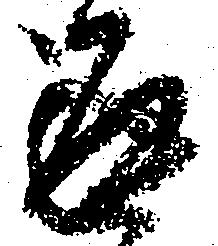
返